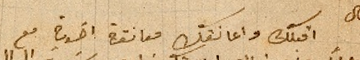
اقبلك واعانقك معانقة اخوية مع